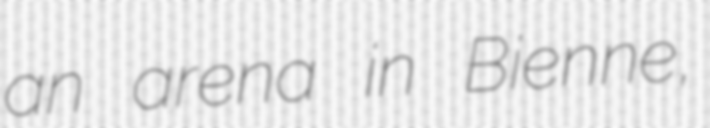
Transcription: an arena in Bienne,